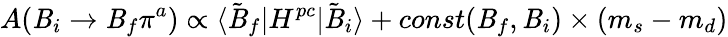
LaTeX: A(\mathit{B}_{i}\to\mathit{B}_{f}\pi^{a})\propto\langle\tilde{{\mathit{B}}}_{f}|H^{pc}|\tilde{{\mathit{B}}}_{i}\rangle+const(\mathit{B}_{f},\mathit{B}_{i})\times(m_{s}-m_{d})